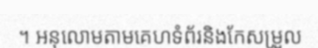
។ អនុលោមតាមគេហទំព័រនិងកែសម្រួល